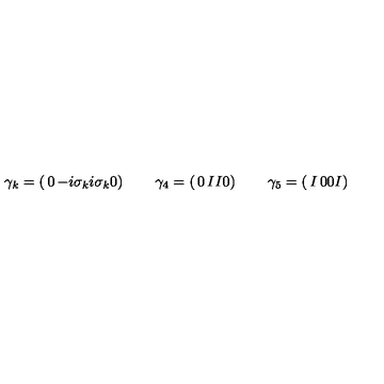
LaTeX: \gamma _ { k } = \left( \begin{matrix} { 0 } & { - i \sigma _ { k } } \\ { i \sigma _ { k } } & { 0 } \\ \end{matrix} \right) \qquad \gamma _ { 4 } = \left( \begin{matrix} { 0 } & { I } \\ { I } & { 0 } \\ \end{matrix} \right) \qquad \gamma _ { 5 } = \left( \begin{matrix} { I } & { 0 } \\ { 0 } & { I } \\ \end{matrix} \right)